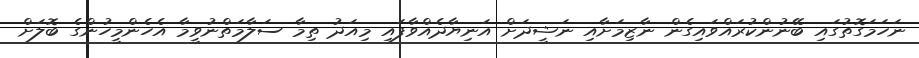
ނަހަމަގޮތުގައި ބޭނުންކުރައްވައިގެން ނާޒިމަށާއި ނަޝީދަށް އަނިޔާދެއްވާފައި މިއަދު ތިމާ ސަލާމަތްނުވީމާ އެހެންމީހުންގެ ބޮލަށް